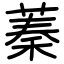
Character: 蓁